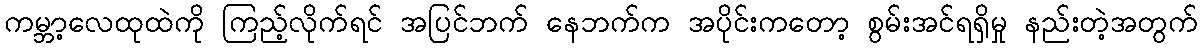
ကမ္ဘာ့လေထုထဲကို ကြည့်လိုက်ရင် အပြင်ဘက် နေဘက်က အပိုင်းကတော့ စွမ်းအင်ရရှိမှု နည်းတဲ့အတွက်